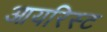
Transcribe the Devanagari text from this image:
आयरिस्ट